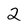
Character: 2